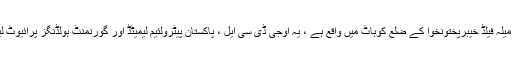
اوجی ڈی سی ایل کے مطابق میلہ فیلڈ خیبرپختونخوا کے ضلع کوہاٹ میں واقع ہے ، یہ اوجی ڈی سی ایل ، پاکستان پیٹرولئیم لیمیٹڈ اور گورنمنٹ ہولڈنگز پرائیوٹ لیمیٹڈ کا مشترکہ منصوبہ ہے۔